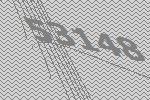
53148